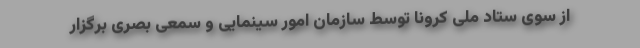
از سوی ستاد ملی کرونا توسط سازمان امور سینمایی و سمعی بصری برگزار